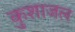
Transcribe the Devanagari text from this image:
कुशाजल